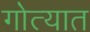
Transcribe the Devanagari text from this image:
गोत्यात